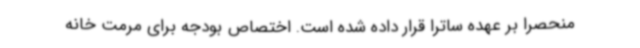
منحصراً بر عهده ساترا قرار داده شده است. اختصاص بودجه برای مرمت خانه